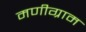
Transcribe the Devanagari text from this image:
मणीग्राम